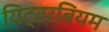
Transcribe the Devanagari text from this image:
यिट्टरबियम